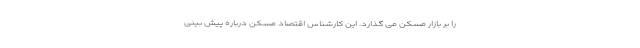
را بر بازار مسکن می گذارد. این کارشناس اقتصاد مسکن درباره پیش بینی